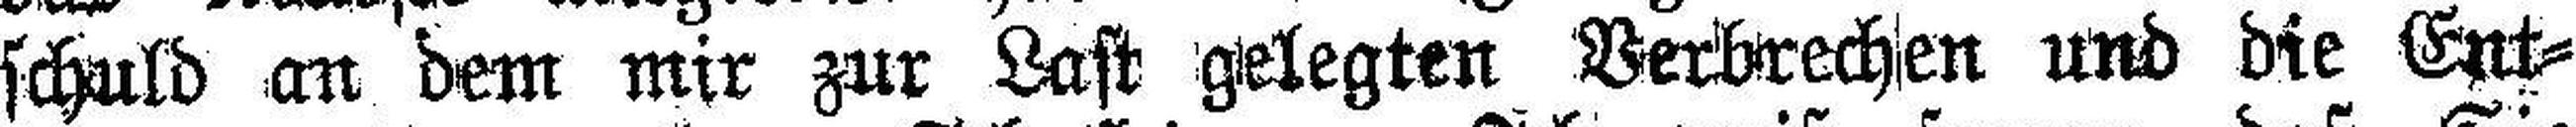
schuld an dem mir zur Last gelegten Verbrechen und die Ent¬